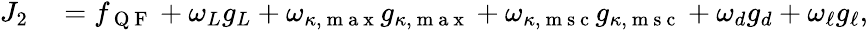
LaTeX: \begin{array}{rl}{J_{2}}&{{}=f_{\mathrm{~Q~F~}}+\omega_{L}g_{L}+\omega_{\kappa,\mathrm{~m~a~x~}}g_{\kappa,\mathrm{~m~a~x~}}+\omega_{\kappa,\mathrm{~m~s~c~}}g_{\kappa,\mathrm{~m~s~c~}}+\omega_{d}g_{d}+\omega_{\ell}g_{\ell},}\end{array}